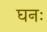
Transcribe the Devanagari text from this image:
घनः